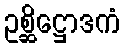
ဥစ္ဆိဋ္ဌောဒကံ